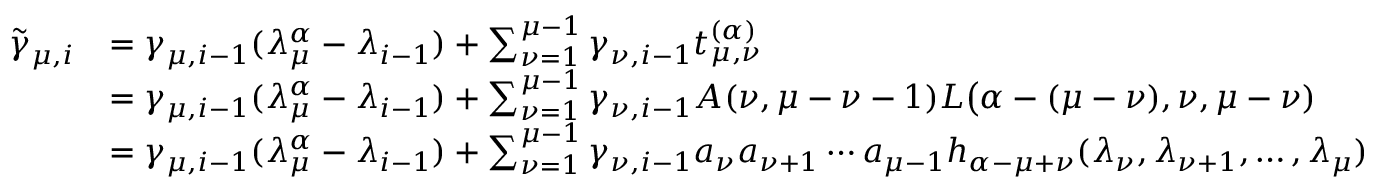
\begin{array} { r l } { \tilde { \gamma } _ { \mu , i } } & { = \gamma _ { \mu , i - 1 } ( \lambda _ { \mu } ^ { \alpha } - \lambda _ { i - 1 } ) + \sum _ { \nu = 1 } ^ { \mu - 1 } \gamma _ { \nu , i - 1 } t _ { \mu , \nu } ^ { ( \alpha ) } } \\ & { = \gamma _ { \mu , i - 1 } ( \lambda _ { \mu } ^ { \alpha } - \lambda _ { i - 1 } ) + \sum _ { \nu = 1 } ^ { \mu - 1 } \gamma _ { \nu , i - 1 } A ( \nu , \mu - \nu - 1 ) L \big ( \alpha - ( \mu - \nu ) , \nu , \mu - \nu ) } \\ & { = \gamma _ { \mu , i - 1 } ( \lambda _ { \mu } ^ { \alpha } - \lambda _ { i - 1 } ) + \sum _ { \nu = 1 } ^ { \mu - 1 } \gamma _ { \nu , i - 1 } a _ { \nu } a _ { \nu + 1 } \cdots a _ { \mu - 1 } h _ { \alpha - \mu + \nu } ( \lambda _ { \nu } , \lambda _ { \nu + 1 } , \ldots , \lambda _ { \mu } ) } \end{array}